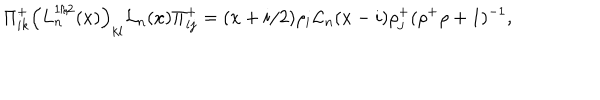
\Pi _ { i k } ^ { + } \left( L _ { n } ^ { 1 / 2 } ( x ) \right) _ { k l } { \cal L } _ { n } ( x ) \Pi _ { l j } ^ { + } = ( x + i / 2 ) \rho _ { i } { \cal L } _ { n } ( x - i ) \rho _ { j } ^ { + } ( \rho ^ { + } \rho + 1 ) ^ { - 1 } ,